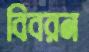
বিবরন